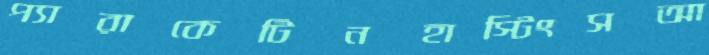
প্যারাকেটিনহাস্টিংসআ